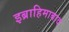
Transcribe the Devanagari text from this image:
इब्राहिमाबाद